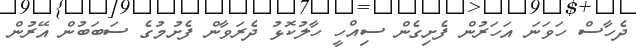
ދެހާސް ހަވަނަ އަހަރުން ފެށިގެން ސިއްހީ ހާލުކޮޅު ދެރަވާން ފެށުމުގެ ސަބަބުން އޭރުން